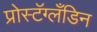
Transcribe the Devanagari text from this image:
प्रोस्टॅग्लँडिन